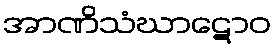
အာဏိသံဃာဋောဝ